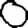
Digit: 0